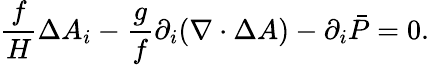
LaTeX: \frac{f}{H}\Delta{A}_{i}-\frac{g}{f}\partial_{i}(\nabla\cdot\Delta{A})-\partial_{i}\bar{P}=0.